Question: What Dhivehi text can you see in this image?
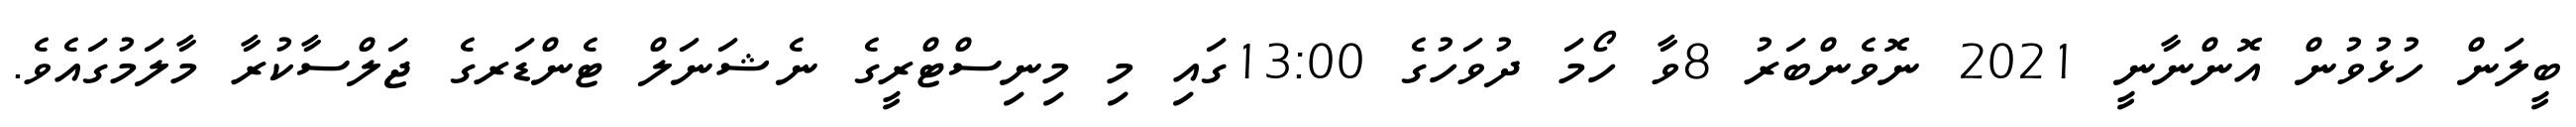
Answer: ބީލަން ހުޅުވުން އޮންނާނީ 2021 ނޮވެންބަރު 8ވާ ހޯމަ ދުވަހުގެ 13:00ގައި މި މިނިސްޓްރީގެ ނެޝަނަލް ޓެންޑަރގެ ޖަލްސާކުރާ މާލަމުގައެވެ.